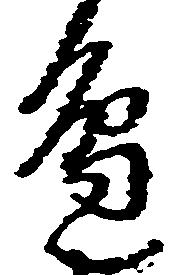
辺